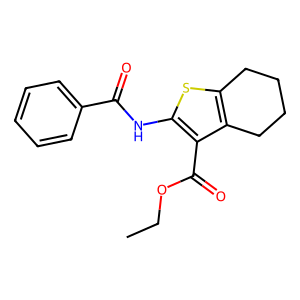
SMILES: CCOC(=O)c1c(NC(=O)c2ccccc2)sc2c1CCCC2
Inhibits HIV replication: No